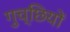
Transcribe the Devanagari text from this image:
गुच्छियों